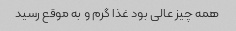
همه چیز عالی بود غذا گرم و به موقع رسید